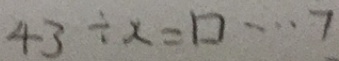
4 3 \div x = \square \cdots 7